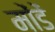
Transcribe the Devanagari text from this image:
मोंडें